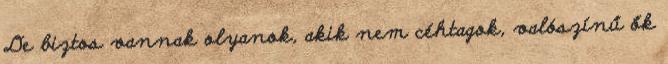
De biztos vannak olyanok, akik nem céhtagok, valószínű ők